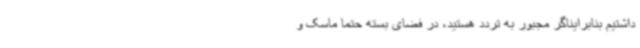
داشتیم بنابرایناگر مجبور به تردد هستید، در فضای بسته حتماً ماسک و